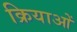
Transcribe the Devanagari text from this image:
क्रियाआें